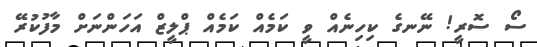
ސޯ ސޮރީ! ނޭނގެ ކިހިނެއް ވީ ކަމެއް ކަމެއް ޕްލީޒް އަހަންނަށް މާފުކުރޭ